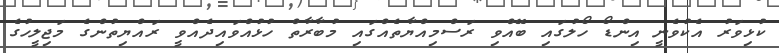
ކުޅިވަރު އެކުވެނީ އިންޑޯ ހޯލުގައި ބޭއްވި ރަސްމިއްޔާތެއްގައި މުބާރާތް ހުޅުއްވައިދެއްވީ ރައްޔިތުންގެ މަޖިލީހުގެ